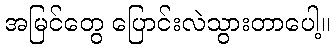
အမြင်တွေ ပြောင်းလဲသွားတာပေါ့။